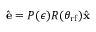
\hat { \mathbf { e } } = P ( \epsilon ) R ( \theta _ { \mathrm { r f } } ) \hat { \mathbf { x } }